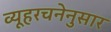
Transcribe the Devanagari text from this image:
व्यूहरचनेनुसार